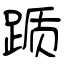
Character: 踬